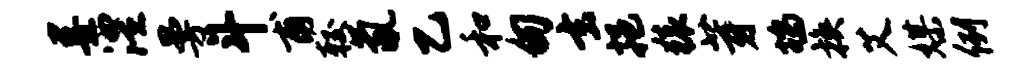
墨澧曼斗甫较氤乙和甸玄挹猿芽鸪换艾媒例